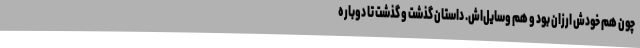
چون هم خودش ارزان بود و هم وسایل‌اش. داستان گذشت و گذشت تا دوباره